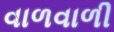
વાળવાળી